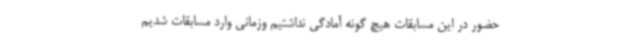
حضور در این مسابقات هیچ گونه آمادگی نداشتیم وزمانی وارد مسابقات شدیم